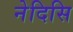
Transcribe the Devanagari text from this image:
नेदिसि